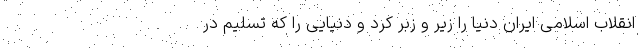
انقلاب اسلامی ایران دنیا را زیر و زبر کرد و دنیایی را که تسلیم در